Problem: 36 + 32 = ?
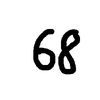
Handwritten answer: 68